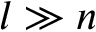
l \gg n